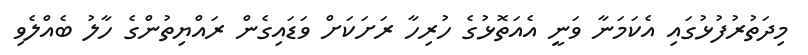
މިދަތުރުފުޅުގައި އެކަމަނާ ވަނީ އެއަތޮޅުގެ ހުރިހާ ރަށަކަށް ވަޑައިގެން ރައްޔިތުންގެ ހާލު ބެއްލެވި